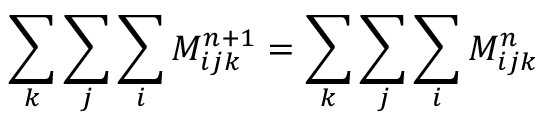
\sum _ { k } \sum _ { j } \sum _ { i } M _ { i j k } ^ { n + 1 } = \sum _ { k } \sum _ { j } \sum _ { i } M _ { i j k } ^ { n }